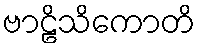
ဗာဠိသိကောတိ